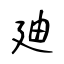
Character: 廸